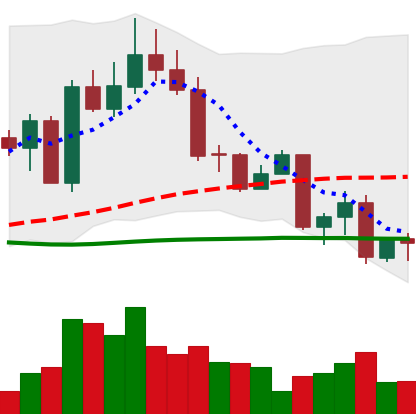
Ticker: EOS-USD
Chart end date: 2022-09-23
Forward return: -6.38%
Label: down_5_7